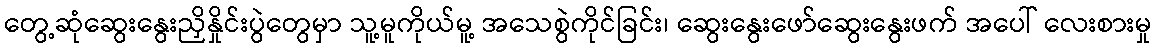
တွေ့ဆုံဆွေးနွေးညှိနှိုင်းပွဲတွေမှာ သူ့မူကိုယ်မူ့ အသေစွဲကိုင်ခြင်း၊ ဆွေးနွေးဖော်ဆွေးနွေးဖက် အပေါ် လေးစားမှု